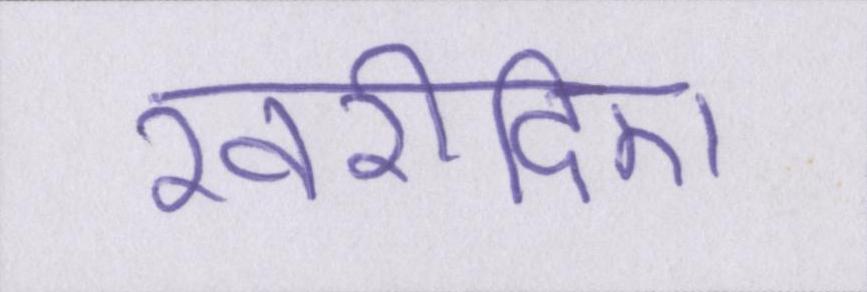
खरीदिए